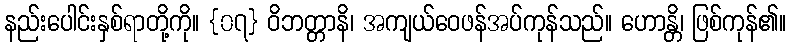
နည်းပေါင်းနှစ်ရာတို့ကို။ {၀၇} ဝိဘတ္တာနိ၊ အကျယ်ဝေဖန်အပ်ကုန်သည်။ ဟောန္တိ၊ ဖြစ်ကုန်၏။